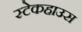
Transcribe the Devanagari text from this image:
स्टेकहाउस